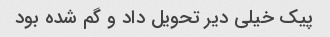
پیک خیلی دیر تحویل داد و گم شده بود